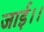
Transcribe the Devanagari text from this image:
जाई।।